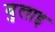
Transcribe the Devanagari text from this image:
बुलाइ